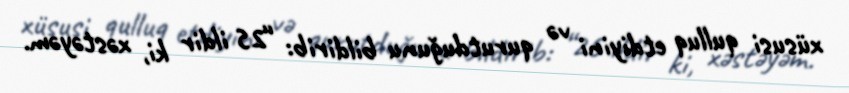
xüsusi qulluq etdiyini və qurutduğunu bildirib: “25 ildir ki, xəstəyəm.